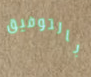
بالتوفيق